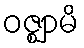
ဝဇ္ဈာမိ